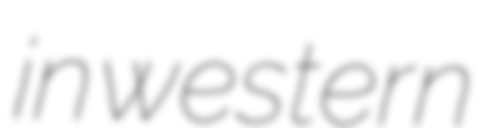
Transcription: in western